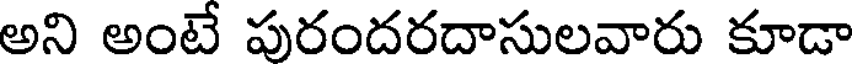
అని అంటే పురందరదాసులవారు కూడా